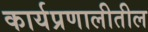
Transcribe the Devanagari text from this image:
कार्यप्रणालीतील